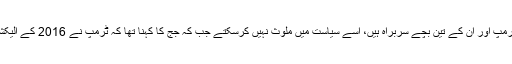
نیویارک کی عدالت کی خاتون جج نے اپنے فیصلے میں قرار دیا کہ وہ چیریٹیز جس کے ٹرمپ اور ان کے تین بچے سربراہ ہیں، اسے سیاست میں ملوث نہیں کرسکتے جب کہ جج کا کہنا تھا کہ ٹرمپ نے 2016 کے الیکشن میں فنڈز بڑھانے کی اجازت دے کر اپنے امانت داری کے فرض کی خلاف ورزی کی۔